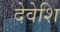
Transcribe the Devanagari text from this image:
देवेशि